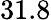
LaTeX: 31.8